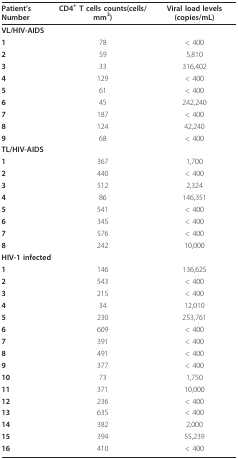
| Patient's Number | CD4+ T cells counts(cells/mm3) | Viral load levels (copies/mL) |
 | --- | --- | --- |
 | VL/HIV-AIDS |  |  |
 | 1 | 78 | < 400 |
 | 2 | 59 | 5,810 |
 | 3 | 33 | 316,402 |
 | 4 | 129 | < 400 |
 | 5 | 61 | < 400 |
 | 6 | 45 | 242,240 |
 | 7 | 187 | < 400 |
 | 8 | 124 | 42,240 |
 | 9 | 68 | < 400 |
 | TL/HIV-AIDS |  |  |
 | 1 | 367 | 1,700 |
 | 2 | 440 | < 400 |
 | 3 | 512 | 2,324 |
 | 4 | 86 | 146,351 |
 | 5 | 541 | < 400 |
 | 6 | 345 | < 400 |
 | 7 | 576 | < 400 |
 | 8 | 242 | 10,000 |
 | HIV-1 infected |  |  |
 | 1 | 146 | 136,625 |
 | 2 | 543 | < 400 |
 | 3 | 215 | < 400 |
 | 4 | 34 | 12,010 |
 | 5 | 230 | 253,761 |
 | 6 | 609 | < 400 |
 | 7 | 391 | < 400 |
 | 8 | 491 | < 400 |
 | 9 | 377 | < 400 |
 | 10 | 73 | 1,750 |
 | 11 | 371 | 10,000 |
 | 12 | 236 | < 400 |
 | 13 | 635 | < 400 |
 | 14 | 382 | 2,000 |
 | 15 | 394 | 55,239 |
 | 16 | 410 | < 400 |